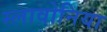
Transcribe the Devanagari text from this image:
स्लावोनिया